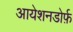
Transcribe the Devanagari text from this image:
आयेशनडोर्फ़